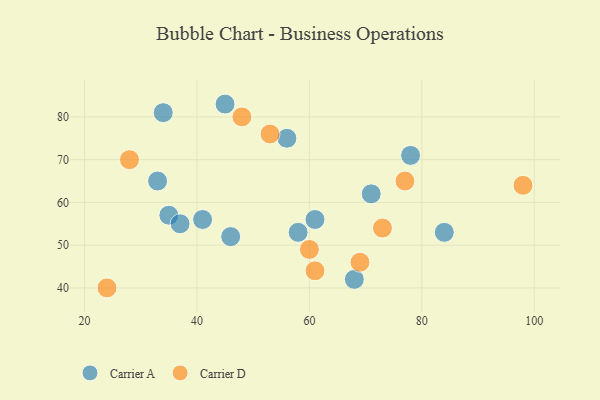
{"axis": {"x": "GDP", "y": "Life Expectancy"}, "legend": ["Carrier A", "Carrier D"], "data": [{"x": "78", "y": 71, "type": "Carrier A"}, {"x": "34", "y": 81, "type": "Carrier A"}, {"x": "41", "y": 56, "type": "Carrier A"}, {"x": "58", "y": 53, "type": "Carrier A"}, {"x": "35", "y": 57, "type": "Carrier A"}, {"x": "33", "y": 65, "type": "Carrier A"}, {"x": "37", "y": 55, "type": "Carrier A"}, {"x": "46", "y": 52, "type": "Carrier A"}, {"x": "68", "y": 42, "type": "Carrier A"}, {"x": "61", "y": 56, "type": "Carrier A"}, {"x": "84", "y": 53, "type": "Carrier A"}, {"x": "56", "y": 75, "type": "Carrier A"}, {"x": "71", "y": 62, "type": "Carrier A"}, {"x": "45", "y": 83, "type": "Carrier A"}, {"x": "61", "y": 44, "type": "Carrier D"}, {"x": "28", "y": 70, "type": "Carrier D"}, {"x": "73", "y": 54, "type": "Carrier D"}, {"x": "98", "y": 64, "type": "Carrier D"}, {"x": "24", "y": 40, "type": "Carrier D"}, {"x": "69", "y": 46, "type": "Carrier D"}, {"x": "48", "y": 80, "type": "Carrier D"}, {"x": "53", "y": 76, "type": "Carrier D"}, {"x": "60", "y": 49, "type": "Carrier D"}, {"x": "77", "y": 65, "type": "Carrier D"}]}